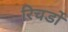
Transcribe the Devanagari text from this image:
रिचर्डो